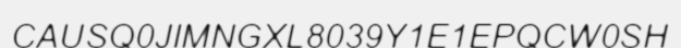
CAUSQ0JIMNGXL8039Y1E1EPQCW0SH